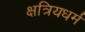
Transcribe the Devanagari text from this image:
क्षत्रियधर्म